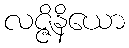
လဇ္ဇိနိယော